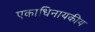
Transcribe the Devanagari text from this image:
एकाधिनायकीय